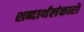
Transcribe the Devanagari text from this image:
शब्दार्थलंकारों